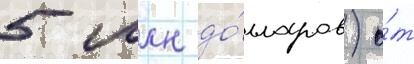
5 млн до́лларов) о́т